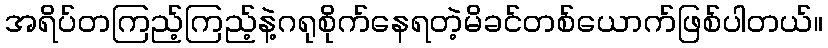
အရိပ်တကြည့်ကြည့်နဲ့ဂရုစိုက်နေရတဲ့မိခင်တစ်ယောက်ဖြစ်ပါတယ်။